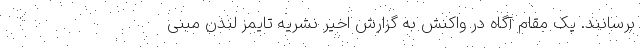
برسانند. یک مقام آگاه در واکنش به گزارش اخیر نشریه تایمز لندن مبنی